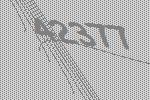
42377